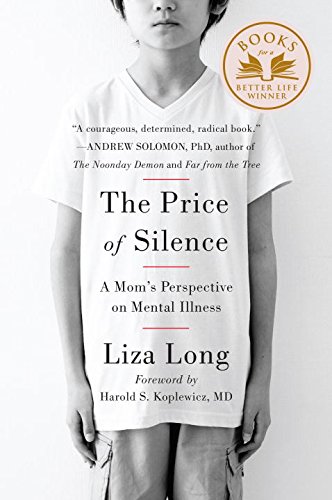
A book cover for The Price of Silence: A Mom's Perspective on Mental Illness; Liza Long; Politics & Social Sciences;